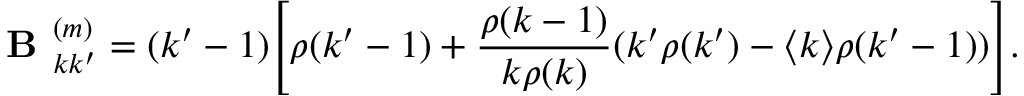
\textbf { B } _ { k k ^ { \prime } } ^ { ( m ) } = ( k ^ { \prime } - 1 ) \Bigg [ \rho ( k ^ { \prime } - 1 ) + \frac { \rho ( k - 1 ) } { k \rho ( k ) } ( k ^ { \prime } \rho ( k ^ { \prime } ) - \langle k \rangle \rho ( k ^ { \prime } - 1 ) ) \Bigg ] .